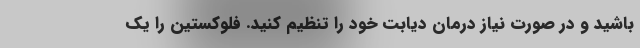
باشید و در صورت نیاز درمان دیابت خود را تنظیم کنید. فلوکستین را یک